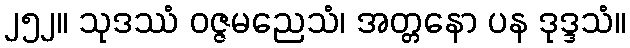
၂၅၂။ သုဒဿံ ဝဇ္ဇမညေသံ၊ အတ္တနော ပန ဒုဒ္ဒသံ။